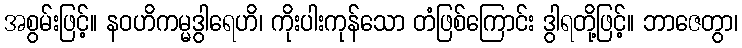
အစွမ်းဖြင့်။ နဝဟိကမ္မဒွါရေဟိ၊ ကိုးပါးကုန်သော တံဖြစ်ကြောင်း ဒွါရတို့ဖြင့်။ ဘာဇေတွာ၊